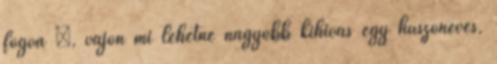
fogva –, vajon mi lehetne nagyobb kihívás egy huszonéves,